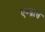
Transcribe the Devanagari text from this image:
एम्ब्रास